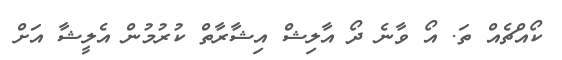
ކޯއްޗެއް ތަ. އޯ ވާނެ ދޯ އާލިޝް އިޝާރާތް ކުރުމުން އެލީޝާ އަށް